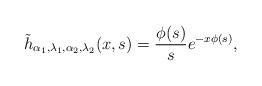
LaTeX: \begin{align*} \tilde{h}_{\alpha_1,\lambda_1,\alpha_2, \lambda_2}(x,s)= \frac{\phi(s)}{s}e^{-x \phi(s)},\end{align*}